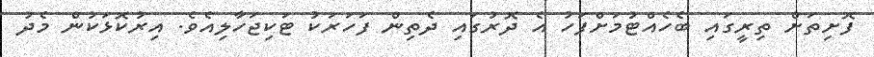
ފޮށިތަށް ތިރީގައި ބެހެއްޓުމަށްފަހު އެ ދޮރުގައި ދެތިން ފަހަރަކު ޓަކިޖަހާލިއެވެ. އިރުކޮޅަކުން މެދު